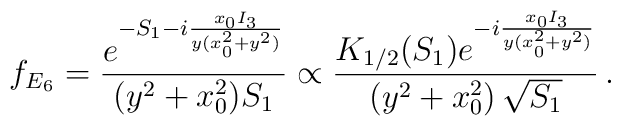
f_{E_6}=\frac{e^{-S_1-i\frac{x_0 I_3}{y(x_0^2 + y^2)}}}{(y^2+x_0^2)S_1}\propto\frac{K_{1/2}(S_1)e^{-i\frac{x_0 I_3}{y(x_0^2 + y^2)}}}{(y^2+x_0^2)\,\sqrt{S_1}}\, .